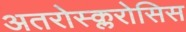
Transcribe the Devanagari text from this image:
अतरोस्क्लरोसिस